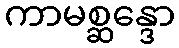
ကာမစ္ဆန္ဒော